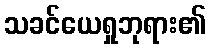
သခင်ယေရှုဘုရား၏